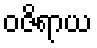
ဝဇိရာယ